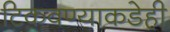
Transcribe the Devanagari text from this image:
टिकवण्याकडेही